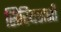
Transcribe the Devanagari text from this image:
सिरियसशी